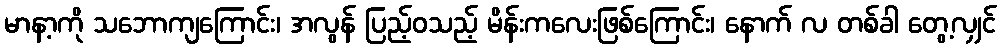
မာနာ့ကို သဘောကျကြောင်း၊ အလွန် ပြည့်ဝသည့် မိန်းကလေးဖြစ်ကြောင်း၊ နောက် လ တစ်ခါ တွေ့လျှင်